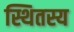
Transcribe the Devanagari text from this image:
स्थितस्य